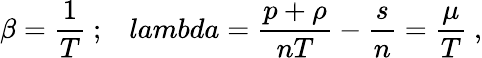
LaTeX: \beta=\frac{1}{T}~;\, \, \, \, \, lambda=\frac{p+\rho}{nT}-\frac{s}{n}=\frac{\mu}{T}~,